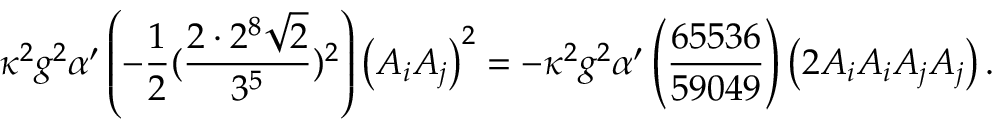
\kappa ^ { 2 } g ^ { 2 } \alpha ^ { \prime } \left( - \frac { 1 } { 2 } ( \frac { 2 \cdot 2 ^ { 8 } \sqrt { 2 } } { 3 ^ { 5 } } ) ^ { 2 } \right) \left( A _ { i } A _ { j } \right) ^ { 2 } = - \kappa ^ { 2 } g ^ { 2 } \alpha ^ { \prime } \left( \frac { 6 5 5 3 6 } { 5 9 0 4 9 } \right) \left( 2 A _ { i } A _ { i } A _ { j } A _ { j } \right) .